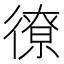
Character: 𫹣